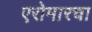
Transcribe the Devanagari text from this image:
एरोमारचा